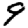
Digit: 9